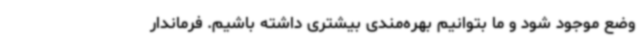
وضع موجود شود و ما بتوانیم بهره‌مندی بیشتری داشته باشیم. فرماندار